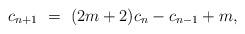
LaTeX: \begin{align*}c_{n+1} \ = \ (2m+2)c_{n}-c_{n-1}+m,\end{align*}